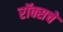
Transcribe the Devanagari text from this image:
रॉक्सचे